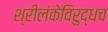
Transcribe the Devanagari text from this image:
श्रीलंकेविरुद्धच